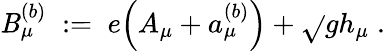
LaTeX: \mathit{B}_{\mu}^{(b)}\; :=\; e\Big(A_{\mu}+a_{\mu}^{(b)}\Big)+\sqrt{}{{g}}h_{\mu}\; .